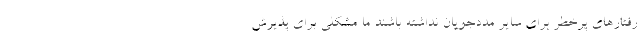
رفتارهای پرخطر برای سایر مددجویان نداشته باشند ما مشکلی برای پذیرش